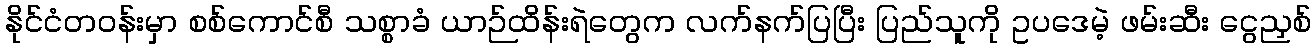
နိုင်ငံတဝန်းမှာ စစ်ကောင်စီ သစ္စာခံ ယာဉ်ထိန်းရဲတွေက လက်နက်ပြပြီး ပြည်သူကို ဥပဒေမဲ့ ဖမ်းဆီး ငွေညှစ်